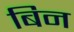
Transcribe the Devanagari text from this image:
बिन